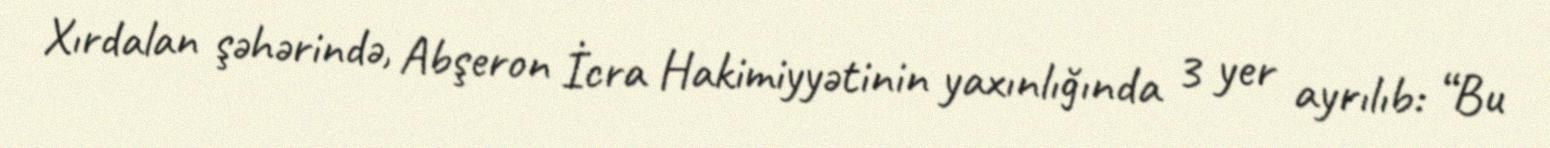
Xırdalan şəhərində, Abşeron İcra Hakimiyyətinin yaxınlığında 3 yer ayrılıb: “Bu